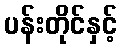
ပန်းတိုင်နှင့်